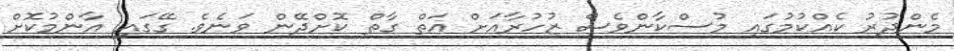
މެންދުރު ކެއްކުމުގައި މުސްކާންވެސް ޒުހުރާއަށް އަތް ގާތް ކޮށްދޭން ވަނެވެ. ގޭގައި އާންމުކޮށް